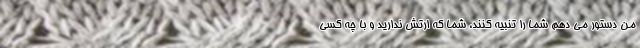
من دستور می دهم شما را تنبیه کنند، شما که ارتش ندارید و با چه کسی